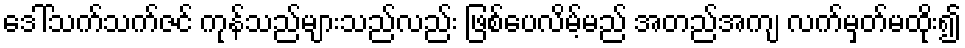
ဒေါ်သက်သက်ဇင် ကုန်သည်များသည်လည်း ဖြစ်ပေလိမ့်မည် အတည်အကျ လက်မှတ်မထိုး၍